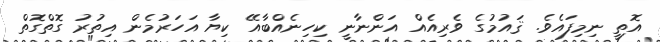
އޮތީ ނިމިފައެވެ. ޤައުމުގެ ވެރިއެއް އަންނާނީ ކިހިނެއްބާއޭ ކިޔާ އަހަރުމެން އިތުރު ގޮތްގޮތް